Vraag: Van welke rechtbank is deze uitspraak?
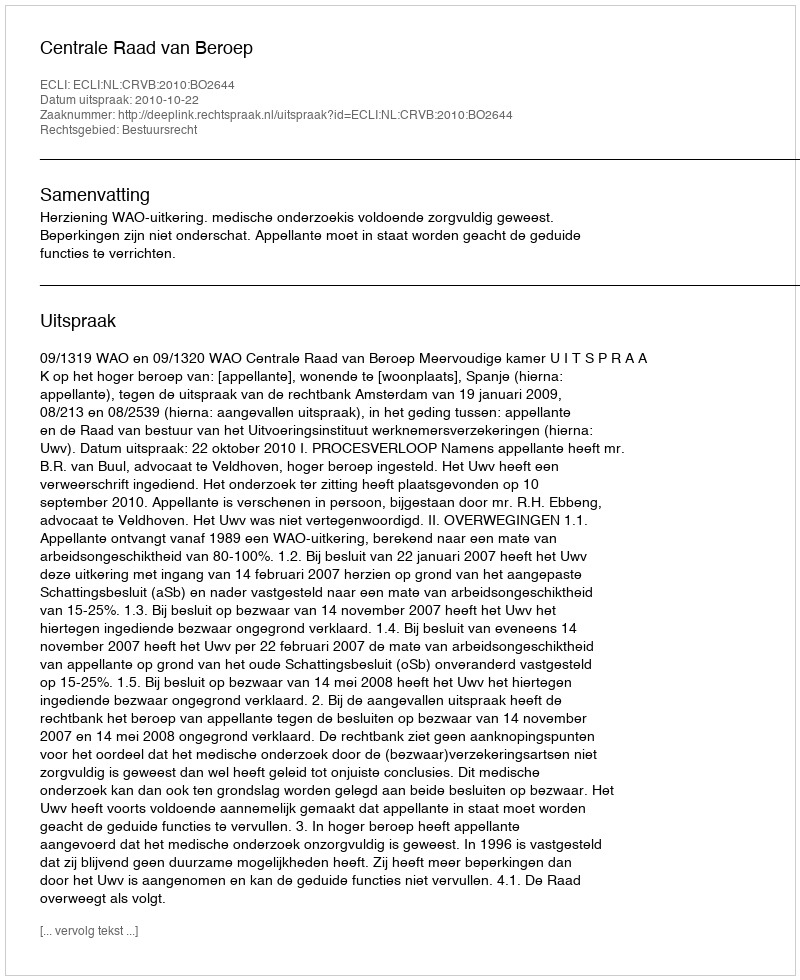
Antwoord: Centrale Raad van Beroep